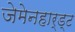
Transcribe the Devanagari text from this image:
जेमेनहार्ड्ट